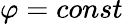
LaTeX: \varphi=const